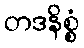
တဒနိစ္စံ